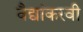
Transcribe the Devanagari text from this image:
वैद्यांकरवी